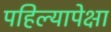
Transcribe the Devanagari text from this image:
पहिल्यापेक्षा